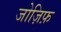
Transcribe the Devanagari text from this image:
जोज़िफ़